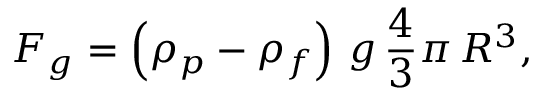
F _ { g } = \left( \rho _ { p } - \rho _ { f } \right) \, g \, { \frac { 4 } { 3 } } \pi \, R ^ { 3 } ,